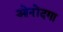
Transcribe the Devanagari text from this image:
ओनोंदगा